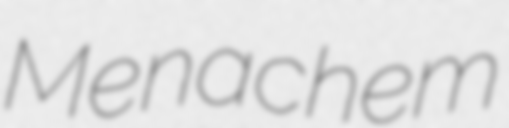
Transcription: Menachem